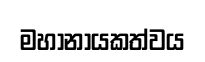
මහානායකත්වය